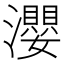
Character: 瀴